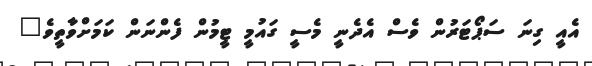
އެއީ ގިނަ ސަޕޯޓަރުން ވެސް އެދެނީ މެސީ ގައުމީ ޓީމުން ފެންނަން ކަމަށްވާތީވެ"